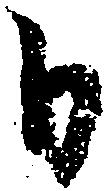
日